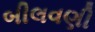
બીલવણી